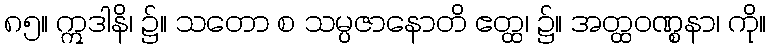
၈၅။ ဣဒါနိ၊ ၌။ သတော စ သမ္ပဇာနောတိ ဧတ္ထ၊ ၌။ အတ္ထဝဏ္စနာ၊ ကို။